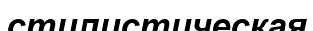
стилистическая